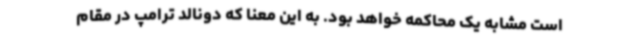
است مشابه یک محاکمه خواهد بود. به این معنا که دونالد ترامپ در مقام